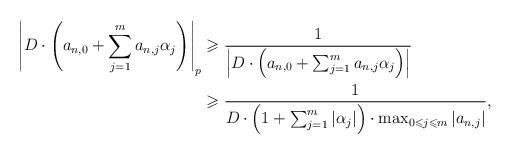
LaTeX: \begin{align*} \left| D\cdot\left(a_{n,0}+\sum_{j=1}^{m} a_{n,j}\alpha_j\right) \right|_p &\geqslant \frac{1}{\left| D\cdot\left(a_{n,0}+\sum_{j=1}^{m} a_{n,j}\alpha_j\right) \right|} \\ &\geqslant \frac{1}{D\cdot\left(1+ \sum_{j=1}^{m}|\alpha_j|\right)\cdot \max_{0\leqslant j \leqslant m} |a_{n,j}|},\end{align*}